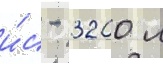
и́с - 3200 л